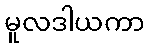
မူလဒါယကာ